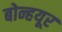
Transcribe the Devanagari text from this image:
बोन्हयूर